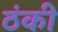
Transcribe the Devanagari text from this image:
ठंकी